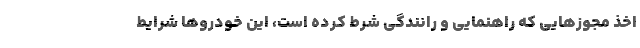
اخذ مجوزهایی که راهنمایی و رانندگی شرط کرده است، این خودروها شرایط